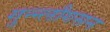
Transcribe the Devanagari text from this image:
गुन्न्लौगसन